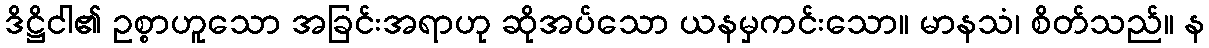
ဒိဋ္ဌိငါ၏ ဥစ္စာဟူသော အခြင်းအရာဟု ဆိုအပ်သော ယနမှကင်းသော။ မာနသံ၊ စိတ်သည်။ န